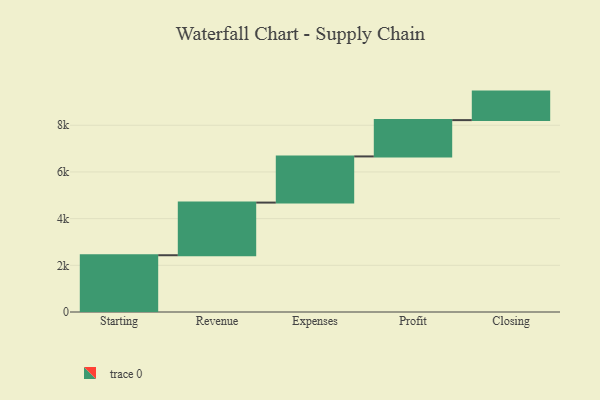
{"axis": {"x": "Step", "y": "Value"}, "legend": [""], "data": [{"x": "Starting", "y": 2432.0, "type": ""}, {"x": "Revenue", "y": 2255.0, "type": ""}, {"x": "Expenses", "y": 1978.0, "type": ""}, {"x": "Profit", "y": 1555.0, "type": ""}, {"x": "Closing", "y": 1222.0, "type": ""}]}